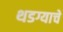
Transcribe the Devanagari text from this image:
थडग्याचे